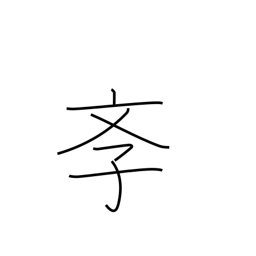
Meaning: school